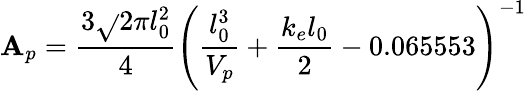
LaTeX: \mathbf{A}_{p}=\frac{{3\sqrt{}{{2\pi}}l_{0}^{2}}}{{4}}\left(\frac{{l_{0}^{3}}}{{V_{p}}}+\frac{{k_{e}l_{0}}}{{2}}-0.065553\right)^{-1}